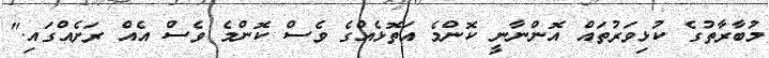
މުބާރާތުގެ ކުޅިވަރުތައް އޮންނާނީ ކޮންމެ އަތޮޅެއްގެ ވެސް ކޮންމެ ވެސް އެއް ރަށެއްގައި."